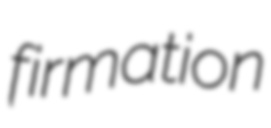
firmation